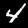
Label: 4